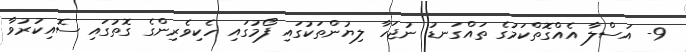
9- އަސްލާ އެއްގޮތްކަމުގެ ތައްގަނޑު ނުޖަހާ ލިޔުންތަކުގައި ފޯމުގައި ހެކިވެރިންގެ ގޮތުގައި ސޮއިކުރުވާ